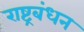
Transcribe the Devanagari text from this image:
राष्ट्रबंधन